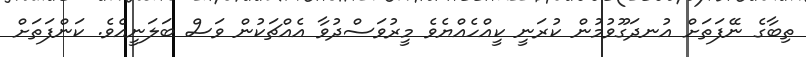
ތިބާގެ ނޭފަތަށް އުނދަގޫވުމުން ކުރަނީ ކީއްހެއްޔެވެ މީރުވަސްދުވާ އެއްޗަކުން ވަސް ބަލަނީއެވެ. ކަންފަތަށް